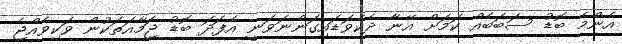
އެންމެ ބޮޑު ސަބަބެއް ކަމަށް އޭނާ ދެކެވަޑައިގަންނަވަނީ އެފަދަ ބޮޑު ޖަމާއަތަކުން ވަކިވެއްޖެ